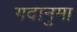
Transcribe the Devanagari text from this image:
गदानुमा